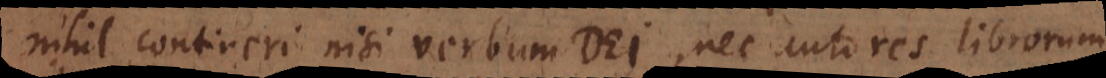
nihil contineri nisi verbum Dei, nec autores librorum